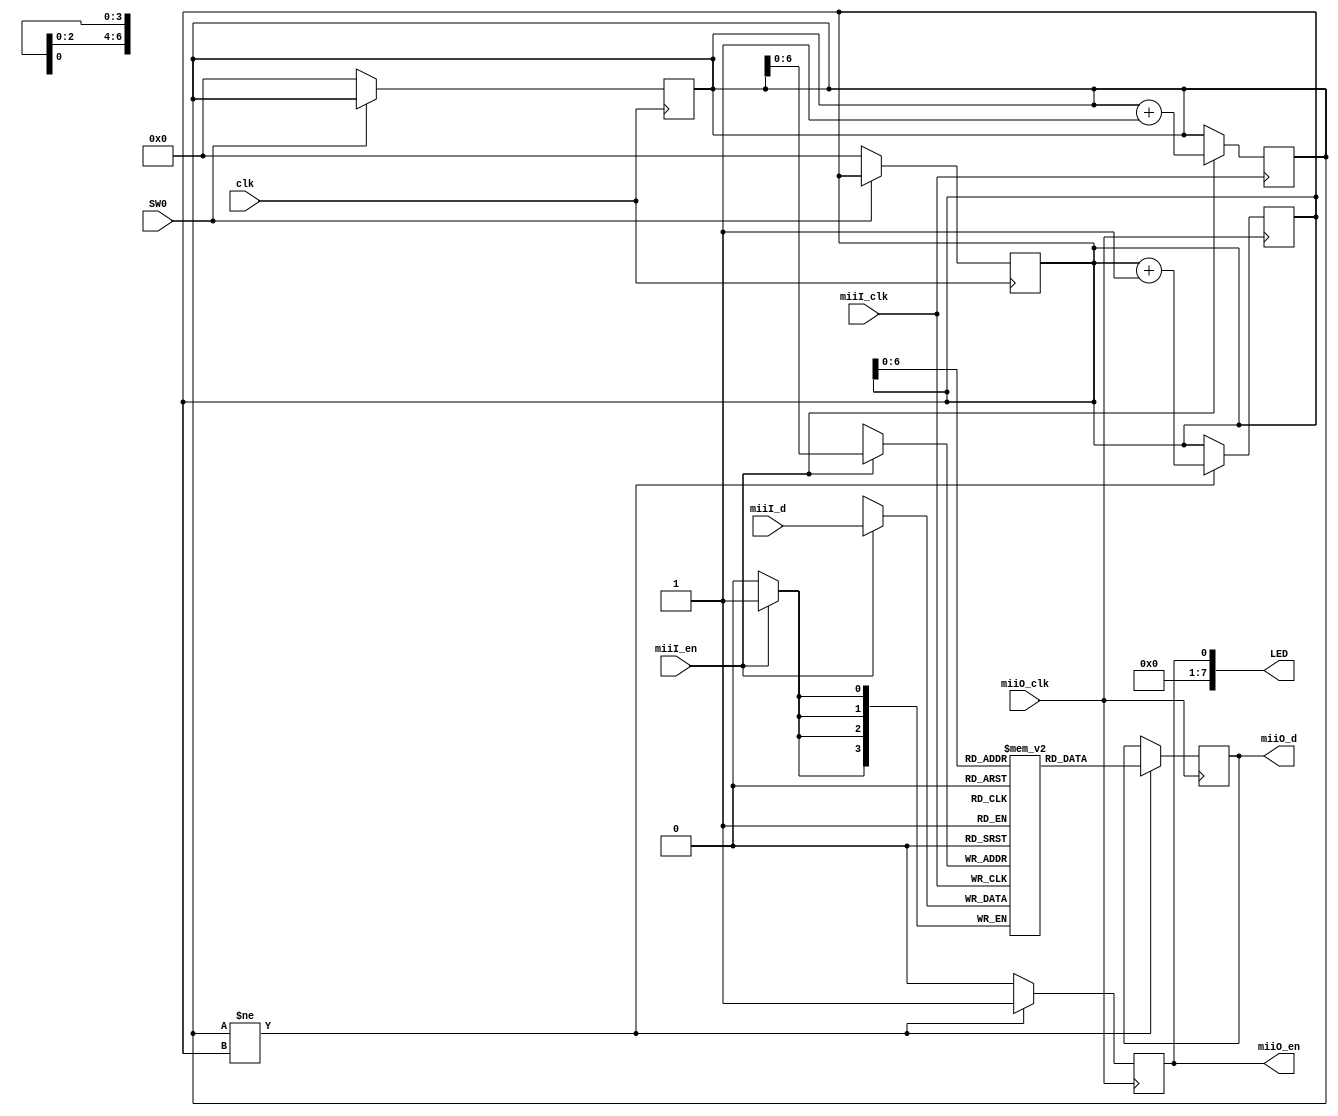
`timescale 1ns / 1ps
//////////////////////////////////////////////////////////////////////////////////
// Company: 
// Engineer: 
// 
// Design Name: 
// Module Name:    RGMIIulator_top 
// Project Name: 
// Target Devices: 
// Tool versions: 
// Description: 
//
// Dependencies: 
//
// Revision: 
// Revision 0.01 - File Created
// Additional Comments: 
//
//////////////////////////////////////////////////////////////////////////////////

module mii2mii (
	input		clk,
	input		SW0,
	output 		[7:0] LED,
	// mii in
	input		miiI_clk,
	input		miiI_en,
	input		[3:0] miiI_d,
	// mii out
	input		miiO_clk,
	output reg	miiO_en,
	output reg	[3:0] miiO_d
);

`ifdef __ICARUS__
wire reset = 0;
`endif
reg [3:0] fifo [0:127];
reg [7:0] inptr = 0;
reg [7:0] outptr = 0;

assign reset = ~SW0;
assign LED = {miiO_en};

always @(posedge clk) begin
	if (reset) begin
		inptr <= 0;
		outptr <= 0;
	end else begin
	end
end

always @(posedge miiI_clk) begin
	if (miiI_en) begin
		fifo[inptr] <= miiI_d;
		inptr <= inptr + 1'd1;
	end
end // always

always @(posedge miiO_clk) begin
	if (inptr != outptr) begin
		miiO_d <= fifo[outptr];
		outptr <= outptr + 1'd1;
		miiO_en <= 1'd1;
	end else begin
		miiO_en <= 0;
	end
end // always
endmodule